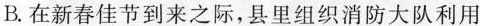
B.在新春佳节到来之际，县里组织消防大队利用